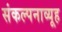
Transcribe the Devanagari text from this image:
संकल्पनाव्यूह